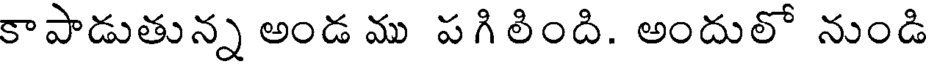
కాపాడుతున్న అండ ము పగి లింది. అందులో నుండి